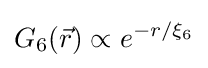
G_{6}({\vec {r}})\propto e^{-r/\xi _{6}}